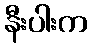
နီးပါးက